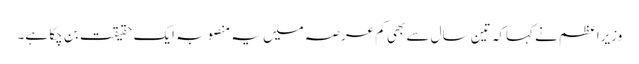
وزیراعظم نے کہاکہ تین سال سے بھی کم عرصہ میں یہ منصوبہ ایک حقیقت بن چکا ہے۔